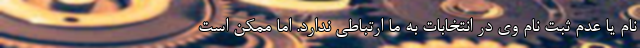
نام یا عدم ثبت نام وی در انتخابات به ما ارتباطی ندارد. اما ممکن است